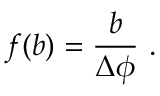
f ( b ) = \frac { b } { \Delta \phi } \ .